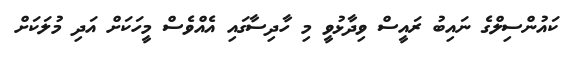
ކައުންސިލްގެ ނައިބު ރައީސް ވިދާޅުވީ މި ހާދިސާގައި އެއްވެސް މީހަކަށް އަދި މުލަކަށް